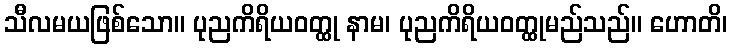
သီလမယဖြစ်သော။ ပုညကိရိယဝတ္ထု နာမ၊ ပုညကိရိယဝတ္ထုမည်သည်။ ဟောတိ၊